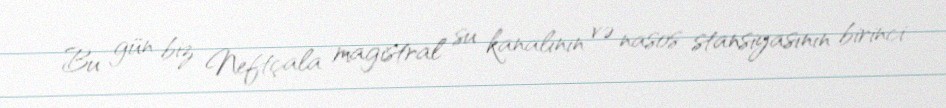
Bu gün biz Neftçala magistral su kanalının və nasos stansiyasının birinci